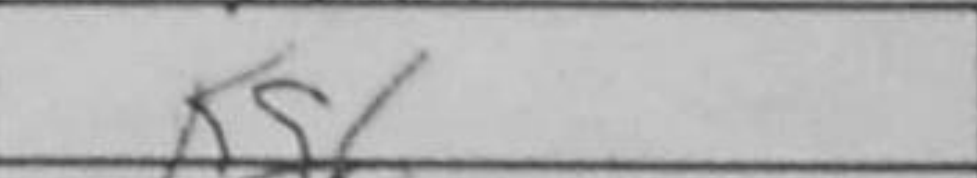
Transcription: Kg6